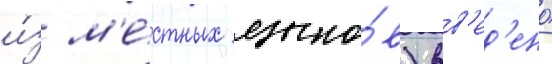
и́з м'е́стных языко́в) вв'ед'ено́